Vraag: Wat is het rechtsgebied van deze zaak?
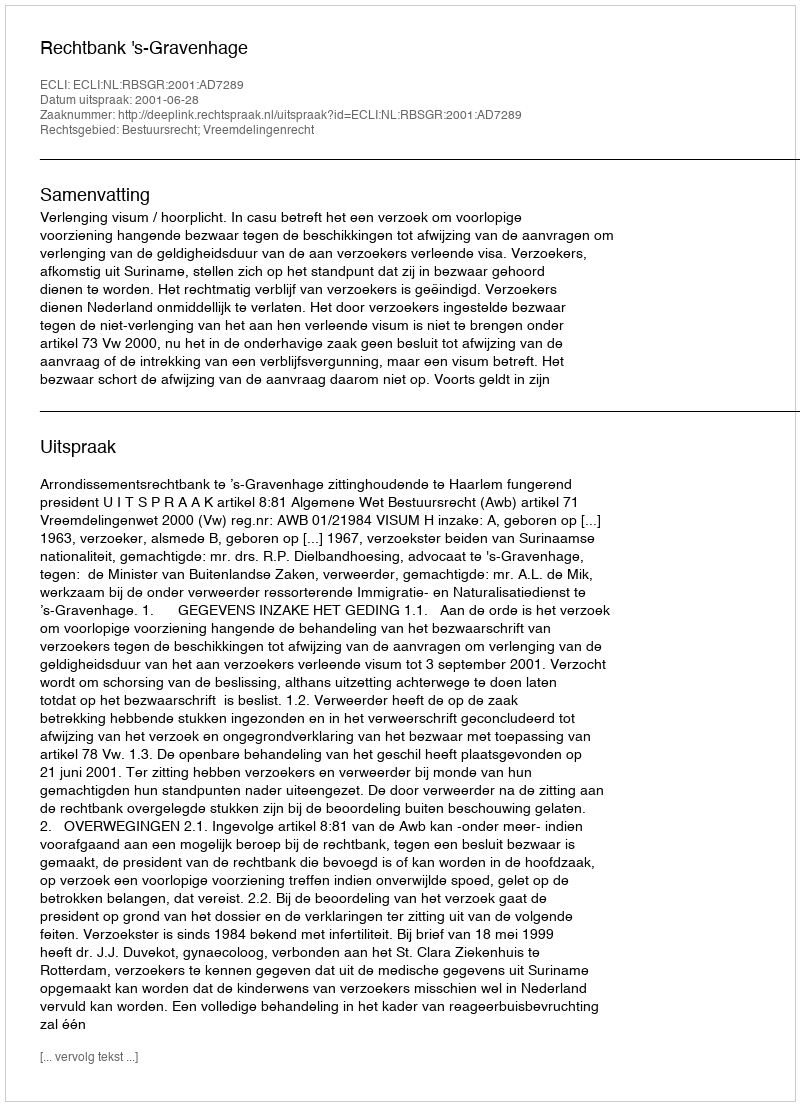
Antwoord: Bestuursrecht; Vreemdelingenrecht